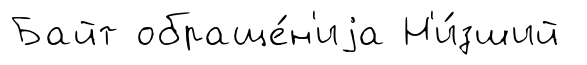
Байт обраще́н'иjа Н'и́зший